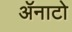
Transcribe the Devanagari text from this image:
ॲनाटो